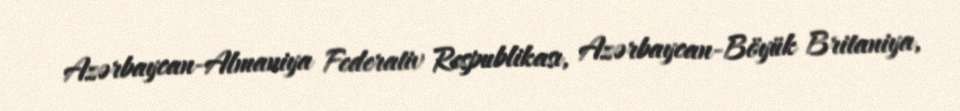
Azərbaycan-Almaniya Federativ Respublikası, Azərbaycan-Böyük Britaniya,